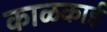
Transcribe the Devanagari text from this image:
काळकाई